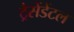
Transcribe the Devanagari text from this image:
ट्रैसेंडेंटल